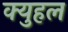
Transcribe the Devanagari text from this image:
क्युहल